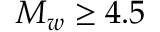
M _ { w } \ge 4 . 5